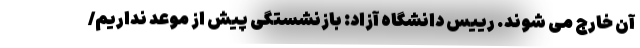
آن خارج می شوند. رییس دانشگاه آزاد: بازنشستگی پیش از موعد نداریم/